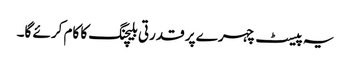
یہ پیسٹ چہرے پر قدرتی بلیچنگ کا کام کرئے گا۔